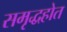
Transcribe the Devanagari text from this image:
समृद्धहोत